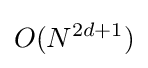
O(N^{2d+1})